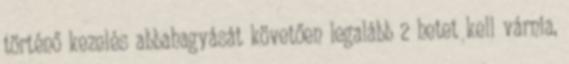
történő kezelés abbahagyását követően legalább 2 hetet kell várnia,